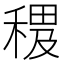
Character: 𥠰